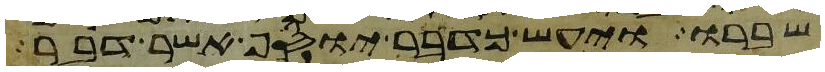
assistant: שברו ויעש כדבר יוסף אשר דבר